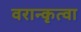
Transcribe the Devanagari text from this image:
वरान्कृत्वा